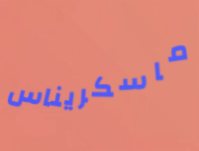
ماسكريناس